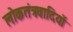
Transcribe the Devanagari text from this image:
लोकतंत्रवादियों